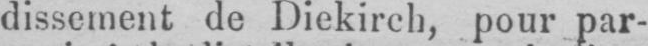
dissement de Diekirch, pour par-